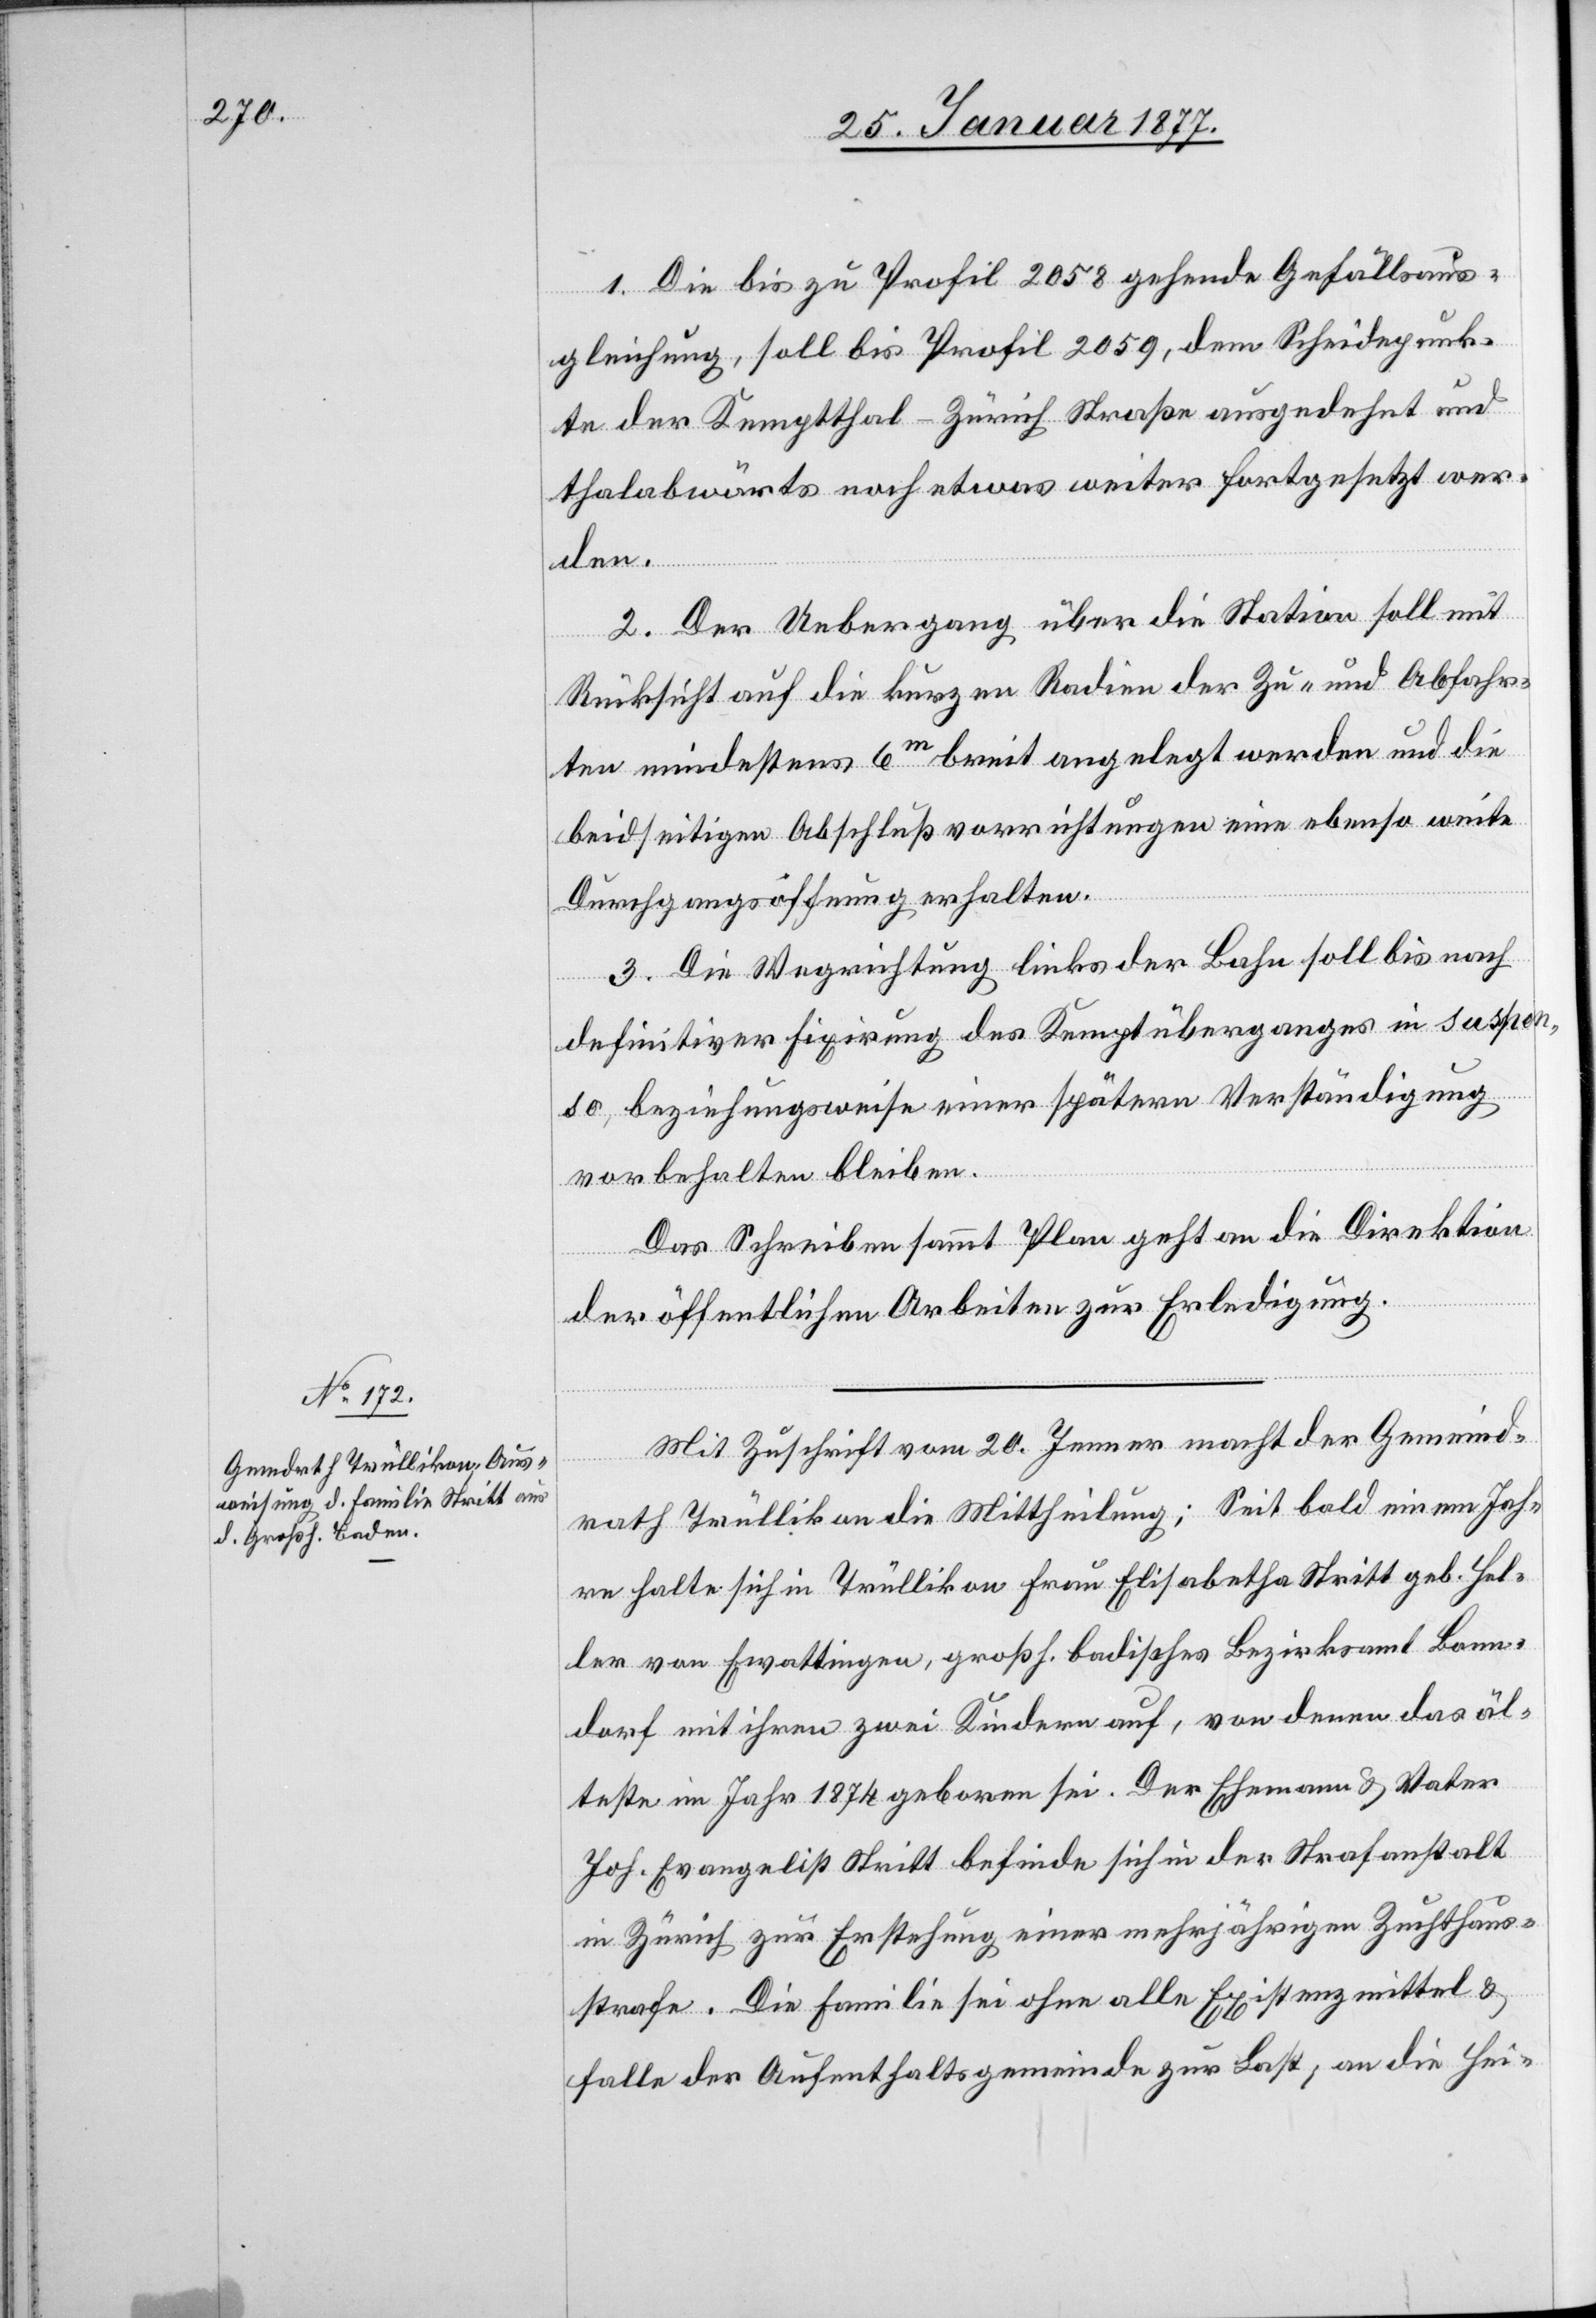
27. Januar 1877.]
1. Die bis zu Profil 2058 gehende Gefällsaus¬
gleichung, soll bis Profil 2059, dem Scheidepunk¬
te der Kemptthal–Zürich Straße ausgedehnt und
thalabwärts noch etwas weiter fortgesetzt wer¬
den.
2. Der Uebergang über die Station soll mit
Rücksicht auf die kurzen Radien der Zu- und Abfahr¬
ten mindestens 6m breit angelegt werden und die
beidseitigen Abschlußvorrichtungen eine ebenso weite
Durchgangsöffnung erhalten.
3. Die Wegrichtung links der Bahn soll bis nach
definitiver Fixirung des Kemptüberganges in suspen¬
so, beziehungsweise einer spätern Verständigung
vorbehalten bleiben.
Das Schreiben sammt Plan geht an die Direktion
der öffentlichen Arbeiten zur Erledigung.
Mit Zuschrift vom 20. Jenner macht der Gemeind¬
rath Trüllikon die Mittheilung: Seit bald einem Jah¬
r halte sich in Trüllikon Frau Elisabetha Stritt geb. Hel¬
ler von Ewattingen, großh. badisches Bezirksamt Bonn¬
dorf mit ihren zwei Kindern auf, von denen das äl¬
tere im Jahr 1874 geboren sei. Der Ehemann & Vater
Joh. Evangelist Stritt befinde sich in der Strafanstalt
in Zürich zur Erstehung einer mehrjährigen Zuchthaus¬
strafe. Die Familie sei ohne alle Existenzmittel &
falle der Aufenthaltsgemeinde zur Last, an die Hei-